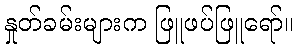
နှုတ်ခမ်းများက ဖြူဖပ်ဖြူရော်။